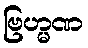
ဗြဟ္မဏ